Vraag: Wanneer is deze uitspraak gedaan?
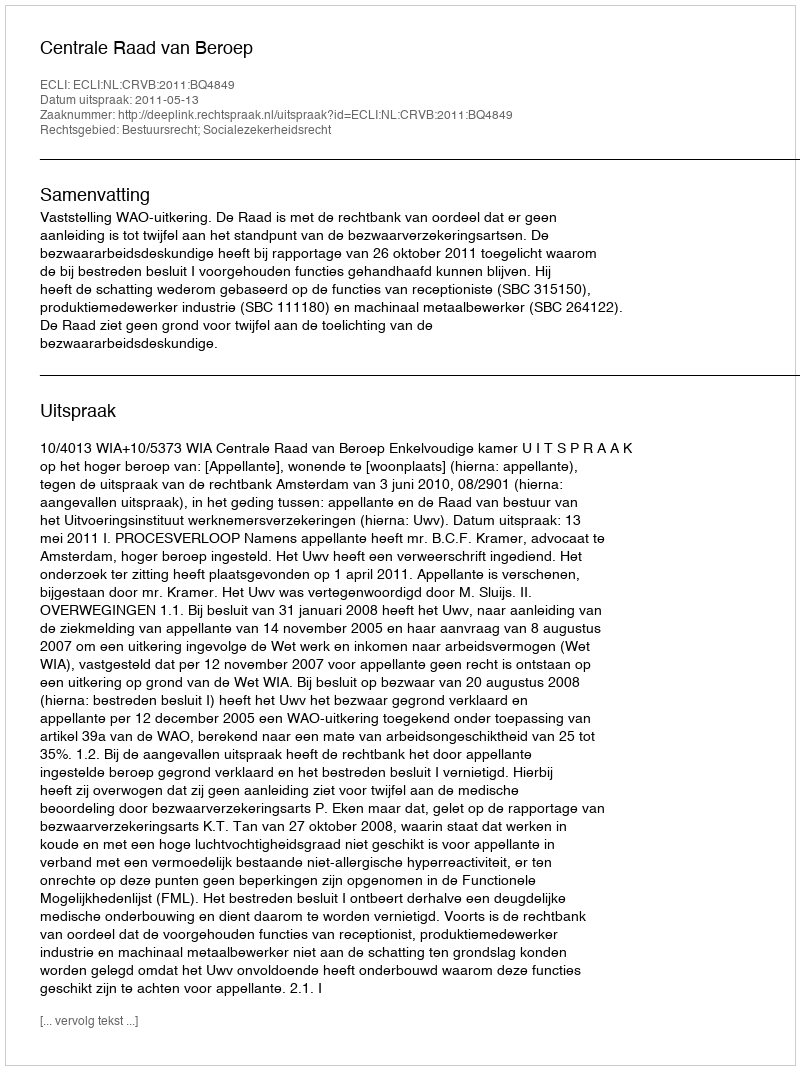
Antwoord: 2011-05-13